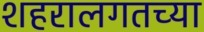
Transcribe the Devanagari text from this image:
शहरालगतच्या